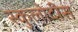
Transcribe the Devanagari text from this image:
स्कुलोदीस